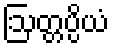
ဩတ္တပ္ပိယံ